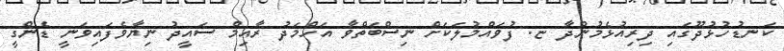
ކަނޑުހުޅުދޫގައި ދިރިއުޅެމުންދާ ޏ. ފުވައްމުލަކަށް ނިސްބަތްވާ އަހްމަދު ރާއިމް ސައީދު ނިޔާވެފައިވަނީ ޑެންގީ